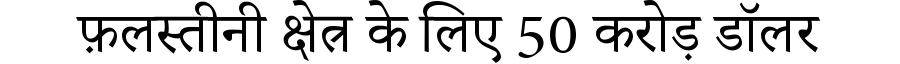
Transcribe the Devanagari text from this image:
फ़लस्तीनी क्षेत्र के लिए 50 करोड़ डॉलर